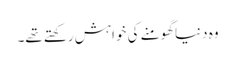
وہ دنیا گھومنے کی خواہش رکھتے تھے۔